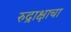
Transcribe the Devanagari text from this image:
रुद्राक्षाचा